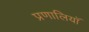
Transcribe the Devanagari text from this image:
प्रणालियॉ